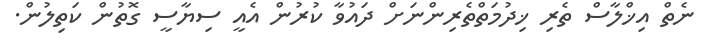
ނެތް އިޚްލާސް ތެރި ޚިދުމަތްތެރިންނަށް ދައުވާ ކުރުން އެއީ ސިޔާސީ ގޮތުން ކަތިލުން.